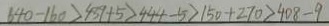
6 4 0 - 1 6 0 > 4 5 9 + 5 > 4 4 4 - 5 > 1 5 0 + 2 7 0 > 4 0 8 - 9